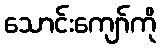
သောင်းကျော်ကို